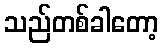
သည်တစ်ခါတော့